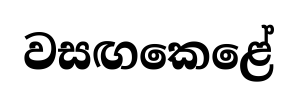
වසඟකෙළේ